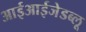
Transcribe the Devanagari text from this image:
आईआईजेडब्लू